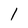
Character: 1